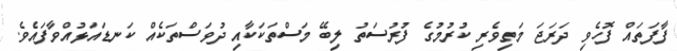
ފާފަތައް ފޮހެވި ދަރަޖަ މަތިވެރި ކުރުމުގެ ފުރުސަތު ލިބޭ މަސްތަކަކާއި ދުވަސްތަކެއް ކަނޑައަޅުއްވާފައެވެ.